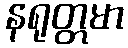
နရုတ္တမာ